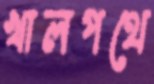
খালপথে